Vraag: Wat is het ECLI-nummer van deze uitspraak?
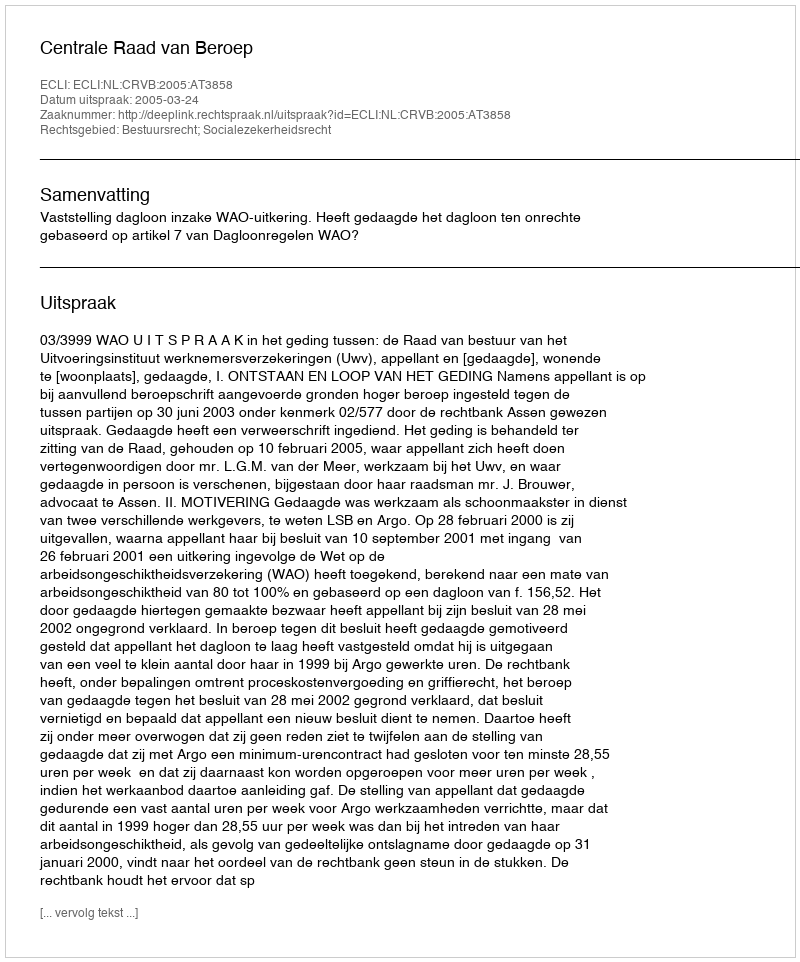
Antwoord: ECLI:NL:CRVB:2005:AT3858